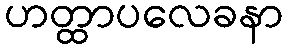
ဟတ္ထာပလေခနာ